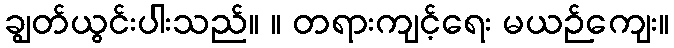
ချွတ်ယွင်းပါးသည်။ ။ တရားကျင့်ရေး မယဉ်ကျေး။